Lunatic asylums Punjab 1881-1894 - 1881-1894
Year: 1881
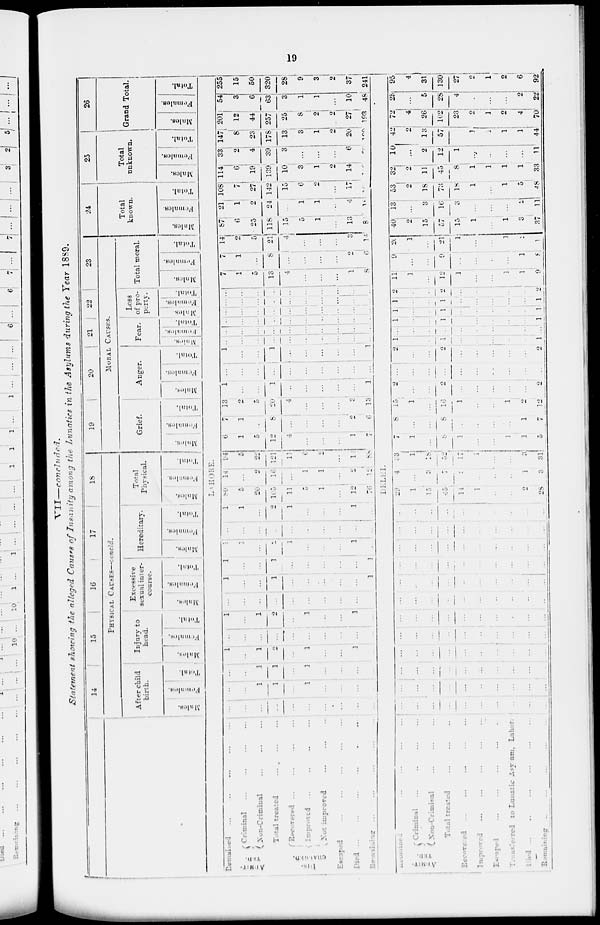
19
VII—concluded.
Statement showing the alleged Causes of Insanity among the Lunatics in the Asylums during the Year 1889.
Remained ... ... ... ... ...
ADMIT-
TED.
Criminal ... ... ... ... ...
Non-Criminal ... ... ... ... ...
Total treated ... ... ... ... ...
DIS-
CHARGED.
Recovered ... ... ...
Improved ... ... ... ...
Non improved ... ... ...
Escaped ... ... ... ... ...
Died
...
...
...
...
...
Remaining ... ... ... ... ...
Remained ... ... ... ... ...
ADMIT-
TED.
Criminal ... ... ... ... ...
Non-Criminal ... ... ... ... ...
Total treated ... ... ...
Recovered ... ... ... ... ...
Improved ... ... ... ... ...
Escaped ... ... ... ... ...
Transferred
to Lunatic Asylum, Lahor.
Died ... ... ... ... ... ...
Remaining ... ... ... ... ...
14
15
16
17
18
PHYSICAL CAUSES—concld.
After child
birth.
Males. Females. Total.
Injury to
head.
Males. Females.
Total.
Ercessive
sexual inter-
course.
Males. Females.
Total.
Hereditary.
Males. Females.
Total.
Total
Physical.
Males. Females.
Total.
19
20
21
22
23
MORAL CAUSES.
Grief.
Males. Females.
Total.
Anger.
Males. Females.
Total.
Fear.
Males. Females.
Total.
Loss
of pro-
perty.
Males. Females.
Total.
Total moral.
Males. Females.
Total.
24
Total
known.
Males. Females.
Total.
25
Total
unknown.
Males. Females.
Total.
26
Grand Total.
Males. Females.
Total.
LAHORE.
...
...
...
...
...
...
...
...
...
...
...
...
1
1
...
1
...
...
...
...
...
..
1
1
...
1
...
...
...
...
1
..
1
2
...
1
...
...
1
...
...
...
...
...
...
...
...
...
...
...
1
1
2
...
1
...
...
1
...
...
...
...
...
...
...
...
...
...
...
1
...
...
1
...
...
...
...
...
1
1
...
...
1
...
...
...
...
...
1
1
1
...
2
1
...
...
...
1
...
...
...
...
...
...
...
...
...
...
...
1
1
...
2
1
...
...
...
1
...
80
5
20
105
11
5
1
...
12
76
14
...
2
16
...
1
1
...
2
12
94
5
22
121
11
6
2
...
14
88
6
1
5
12
4
...
...
...
1
7
7
1
...
8
...
...
...
...
2
6
13
2
5
20
4
...
...
...
3
13
1
...
...
1
...
...
...
...
...
1
...
...
...
...
...
...
...
...
1
...
...
1
...
...
...
...
...
1
...
...
...
...
...
...
...
...
...
...
...
...
...
...
...
...
...
...
...
...
...
...
...
...
...
...
...
...
...
...
...
...
...
...
...
...
...
...
...
...
...
...
...
...
...
...
...
...
...
...
...
...
...
...
...
...
...
...
...
7
1
5
13
4
...
...
...
1
8
7
1
...
8
...
...
...
...
2
6
14
2
5
21
4
...
...
...
3
14
87
6
25
118
15
5
1
...
13
8
21
1
2
24
...
1
1
...
4
18
108
7
27
142
15
6
2
...
17
26
114
6
19
139
10
3
1
2
14
100
33
2
4
39
3
...
...
...
6
20
147
8
23
178
13
3
1
2
20
120
201
12
44
257
25
8
2
2
27
193
54
3
6
63
3
1
1
...
10
48
255
15
50
320
28
9
3
2
37
241
DELHI.
...
...
...
...
...
...
...
...
...
...
...
...
...
...
...
...
...
...
...
...
...
...
...
...
...
...
...
...
...
...
...
...
...
...
...
...
...
...
...
...
...
...
...
...
...
...
...
...
...
...
...
...
...
...
...
...
...
...
...
...
...
...
...
...
...
...
...
...
...
...
...
...
...
...
...
...
...
...
...
...
...
...
...
...
...
...
...
...
...
...
...
...
...
...
...
...
...
...
...
...
...
...
...
...
...
...
...
...
...
...
...
...
...
...
...
...
...
...
...
...
29
1
15
45
14
1
...
...
2
28
4
...
3
7
...
...
...
...
1
3
33
1
18
52
17
1
...
...
3
31
7
1
...
8
1
...
...
1
1
5
8
...
...
8
...
...
...
...
1
7
15
1
...
16
1
...
...
1
2
12
2
...
...
2
...
...
...
...
...
2
...
...
...
...
...
...
...
...
...
...
2
...
...
2
...
...
...
...
...
2
1
...
...
1
...
...
...
...
...
1
...
...
...
...
...
...
...
...
...
...
1
...
...
1
...
...
...
...
...
1
1
...
...
1
...
...
...
...
...
1
1
...
...
1
...
...
...
...
...
1
2
...
...
2
...
...
...
...
...
2
11
1
...
12
1
...
...
1
1
9
9
...
...
9
...
...
...
...
1
8
20
1
...
21
1
...
...
1
1
1
40
2
15
57
15
1
...
1
3
37
13
...
3
16
3
...
...
...
2
11
53
2
18
73
18
1
...
1
5
48
32
2
11
45
8
1
1
1
1
33
10
...
2
12
1
...
...
...
...
11
42
2
13
57
...
1
1
1
1
44
72
4
26
102
23
2
1
2
4
70
23
...
5
28
4
...
...
...
2
22
95
4
31
130
27
2
1
2
6
92